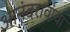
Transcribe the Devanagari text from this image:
आनंदरावांचा